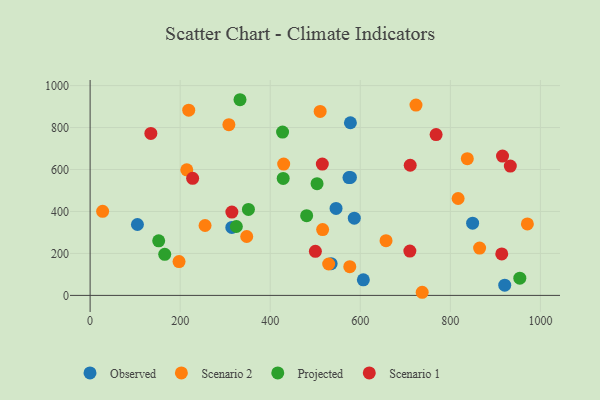
{"axis": {"x": "Investment", "y": "Fuel Efficiency"}, "legend": ["Observed", "Projected", "Scenario 1", "Scenario 2"], "data": [{"x": "105.1", "y": 337.9, "type": "Observed"}, {"x": "606.8", "y": 74.2, "type": "Observed"}, {"x": "546.2", "y": 414.6, "type": "Observed"}, {"x": "574.9", "y": 561.7, "type": "Observed"}, {"x": "578.1", "y": 562.3, "type": "Observed"}, {"x": "586.7", "y": 368.1, "type": "Observed"}, {"x": "849.5", "y": 344.0, "type": "Observed"}, {"x": "920.8", "y": 48.7, "type": "Observed"}, {"x": "578.1", "y": 822.8, "type": "Observed"}, {"x": "535.3", "y": 151.3, "type": "Observed"}, {"x": "314.7", "y": 324.1, "type": "Observed"}, {"x": "865.0", "y": 225.7, "type": "Scenario 2"}, {"x": "817.3", "y": 461.9, "type": "Scenario 2"}, {"x": "737.5", "y": 14.9, "type": "Scenario 2"}, {"x": "576.7", "y": 136.7, "type": "Scenario 2"}, {"x": "27.8", "y": 400.6, "type": "Scenario 2"}, {"x": "308.2", "y": 813.7, "type": "Scenario 2"}, {"x": "347.8", "y": 280.8, "type": "Scenario 2"}, {"x": "429.9", "y": 626.1, "type": "Scenario 2"}, {"x": "255.3", "y": 333.2, "type": "Scenario 2"}, {"x": "723.7", "y": 907.0, "type": "Scenario 2"}, {"x": "516.4", "y": 313.9, "type": "Scenario 2"}, {"x": "657.2", "y": 260.8, "type": "Scenario 2"}, {"x": "971.1", "y": 340.7, "type": "Scenario 2"}, {"x": "219.0", "y": 883.0, "type": "Scenario 2"}, {"x": "837.7", "y": 651.7, "type": "Scenario 2"}, {"x": "510.9", "y": 877.0, "type": "Scenario 2"}, {"x": "529.8", "y": 149.6, "type": "Scenario 2"}, {"x": "197.5", "y": 161.1, "type": "Scenario 2"}, {"x": "214.7", "y": 598.4, "type": "Scenario 2"}, {"x": "324.8", "y": 328.4, "type": "Projected"}, {"x": "351.6", "y": 409.9, "type": "Projected"}, {"x": "504.0", "y": 532.3, "type": "Projected"}, {"x": "152.3", "y": 260.2, "type": "Projected"}, {"x": "480.9", "y": 380.0, "type": "Projected"}, {"x": "165.7", "y": 196.0, "type": "Projected"}, {"x": "954.3", "y": 82.2, "type": "Projected"}, {"x": "428.8", "y": 557.5, "type": "Projected"}, {"x": "427.4", "y": 778.5, "type": "Projected"}, {"x": "332.9", "y": 932.6, "type": "Projected"}, {"x": "500.3", "y": 210.0, "type": "Scenario 1"}, {"x": "314.8", "y": 397.1, "type": "Scenario 1"}, {"x": "933.2", "y": 616.2, "type": "Scenario 1"}, {"x": "914.2", "y": 197.7, "type": "Scenario 1"}, {"x": "227.7", "y": 558.1, "type": "Scenario 1"}, {"x": "710.1", "y": 211.3, "type": "Scenario 1"}, {"x": "915.9", "y": 664.1, "type": "Scenario 1"}, {"x": "710.9", "y": 620.3, "type": "Scenario 1"}, {"x": "768.4", "y": 766.7, "type": "Scenario 1"}, {"x": "134.9", "y": 772.1, "type": "Scenario 1"}, {"x": "515.7", "y": 625.7, "type": "Scenario 1"}]}